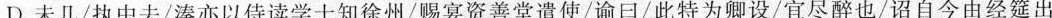
D.未几/执中去/溱亦以侍读学士知徐州/赐宴资善堂遣使/谕日/此特为卿设/宜尽醉也/诏自今由经筵出